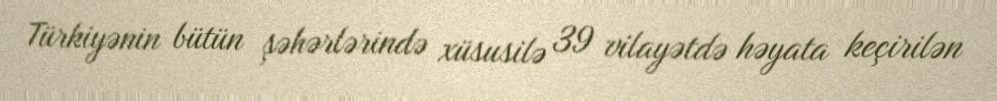
Türkiyənin bütün şəhərlərində xüsusilə 39 vilayətdə həyata keçirilən